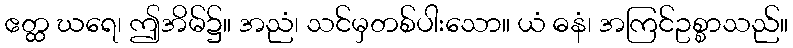
ဧတ္ထ ဃရေ၊ ဤအိမ်၌။ အညံ၊ သင်မှတစ်ပါးသော။ ယံ ဓနံ၊ အကြင်ဥစ္စာသည်။